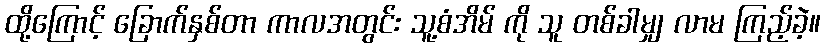
ထို့ကြောင့် ခြောက်နှစ်တာ ကာလအတွင်း သူ့စံအိမ် ကို သူ တစ်ခါမျှ လာမ ကြည့်ခဲ့။